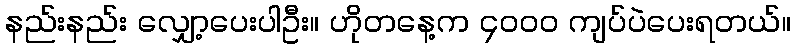
နည်းနည်း လျှော့ပေးပါဦး။ ဟိုတနေ့က ၄၀၀၀ ကျပ်ပဲပေးရတယ်။